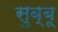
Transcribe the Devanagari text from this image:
सुब्बू